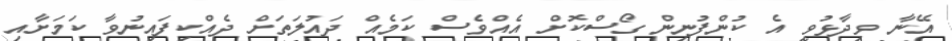
އޭނާ ވިދާޅުވީ އެ ކުންފުނިން ގޯސްކޮށް އެއްވެސް ކަމެއް ދައުލަތަށް ދެއްކިފައިނުވާ ކަމަށާއި